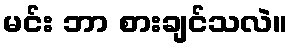
မင်း ဘာ စားချင်သလဲ။